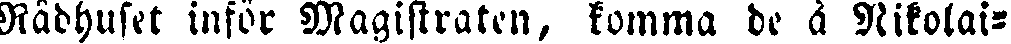
Rådhuset inför Magistraten, komma de å Nikolai-